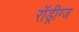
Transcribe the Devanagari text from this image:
रॉड्रीग्ज